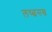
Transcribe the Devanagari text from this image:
लच्छसख